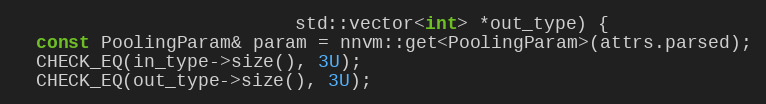
Language: C++
                          std::vector<int> *out_type) {
  const PoolingParam& param = nnvm::get<PoolingParam>(attrs.parsed);
  CHECK_EQ(in_type->size(), 3U);
  CHECK_EQ(out_type->size(), 3U);